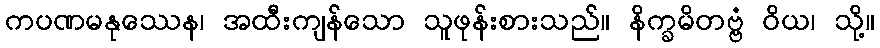
ကပဏမနုဿေန၊ အထီးကျန်သော သူဖုန်းစားသည်။ နိက္ခမိတဗ္ဗံ ဝိယ၊ သို့။